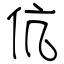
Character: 伉